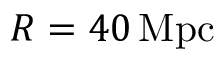
R = 4 0 \, \mathrm { M p c }